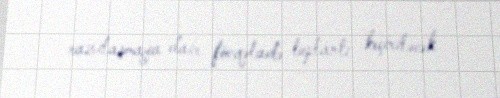
razılaşmaya dair fövqəladə toplantı keçiriləcək.